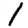
Digit: 1